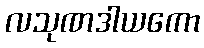
လသုဏဒါယကော